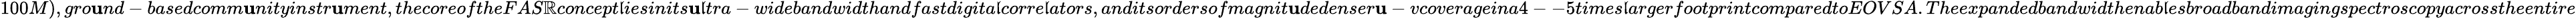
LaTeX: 100M),gro\mathbf{u}nd-basedcomm\mathbf{u}nityinstr\mathbf{u}ment,thecoreoftheFAS\mathbb{R}concept\mathfrak{l}iesinits\mathbf{u}\mathfrak{l}tra-widebandwidthandfastdigita\mathfrak{l}corre\mathfrak{l}ators,anditsordersofmagnit\mathbf{u}dedenser\mathbf{u}-vcoverageina4--5times\mathfrak{l}argerfootprintcomparedtoEOVSA.Theexpandedbandwidthenab\mathfrak{l}esbroadbandimagingspectroscopyacrosstheentire